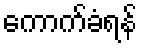
ကောက်ခံရန်